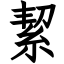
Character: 絜